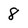
Character: 8